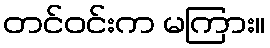
တင်ဝင်းက မကြား။